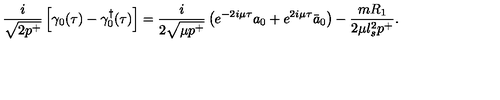
\frac { i } { \sqrt { 2 p ^ { + } } } \left[ \gamma _ { 0 } ( \tau ) - { \gamma _ { 0 } ^ { \dagger } } ( \tau ) \right] = \frac { i } { 2 \sqrt { \mu p ^ { + } } } \left( e ^ { - 2 i \mu \tau } a _ { 0 } + e ^ { 2 i \mu \tau } \bar { a } _ { 0 } \right) - \frac { m R _ { 1 } } { 2 \mu l _ { s } ^ { 2 } p ^ { + } } .